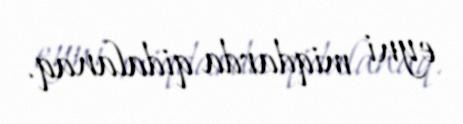
eyni miqdarda qidalanaq.